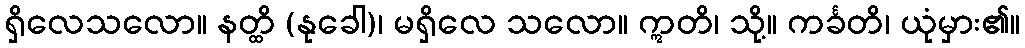
ရှိလေသလော။ နတ္ထိ (နုခေါ)၊ မရှိလေ သလော။ ဣတိ၊ သို့။ ကင်္ခတိ၊ ယုံမှား၏။